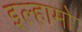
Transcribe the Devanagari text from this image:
इल्हामो